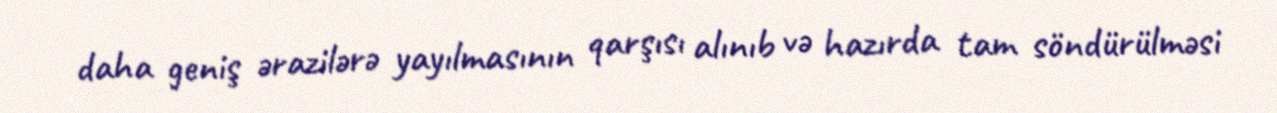
daha geniş ərazilərə yayılmasının qarşısı alınıb və hazırda tam söndürülməsi